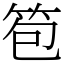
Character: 笣